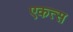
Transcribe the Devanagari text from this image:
एकत्स